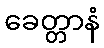
ခေတ္တာနံ